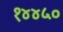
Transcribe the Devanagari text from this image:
१४४५०